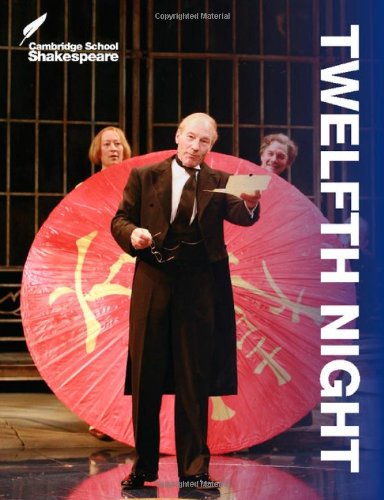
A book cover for Twelfth Night (Cambridge School Shakespeare); Rex Gibson; Children's Books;